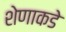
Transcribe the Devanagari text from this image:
शेणाकडे